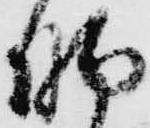
脚